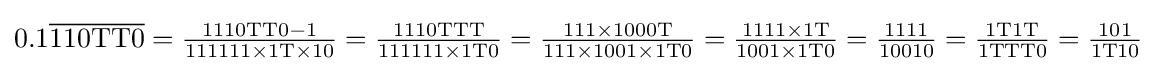
0.1{\overline {\mathrm {110TT0} }}={\tfrac {\mathrm {1110TT0-1} }{\mathrm {111111\times 1T\times 10} }}={\tfrac {\mathrm {1110TTT} }{\mathrm {111111\times 1T0} }}={\tfrac {\mathrm {111\times 1000T} }{\mathrm {111\times 1001\times 1T0} }}={\tfrac {\mathrm {1111\times 1T} }{\mathrm {1001\times 1T0} }}={\tfrac {1111}{10010}}={\tfrac {\mathrm {1T1T} }{\mathrm {1TTT0} }}={\tfrac {101}{\mathrm {1T10} }}